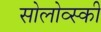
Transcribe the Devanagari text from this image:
सोलोव्स्की